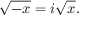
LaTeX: { \sqrt { - x } } = i { \sqrt { x } } .